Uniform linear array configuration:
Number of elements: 24
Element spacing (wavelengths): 0.5
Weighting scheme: blackman
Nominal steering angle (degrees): -30
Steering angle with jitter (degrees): -31.914
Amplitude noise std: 0.05
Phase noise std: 0.05

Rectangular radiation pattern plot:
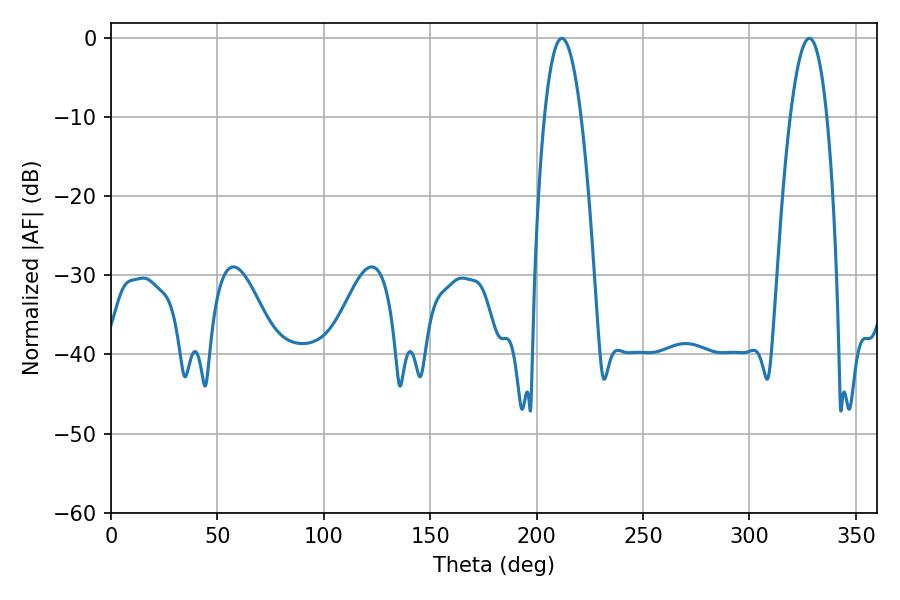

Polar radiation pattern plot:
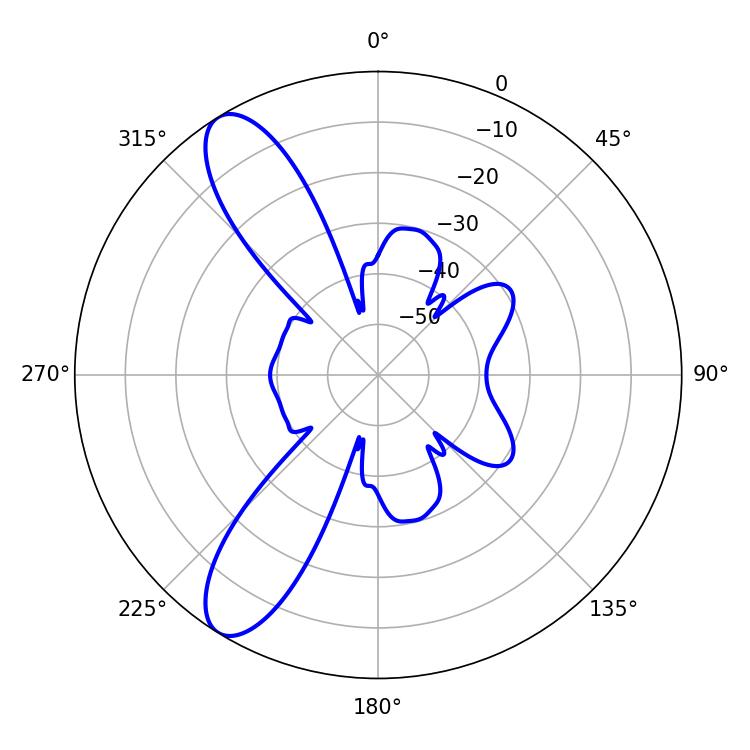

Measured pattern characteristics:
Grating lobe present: FALSE
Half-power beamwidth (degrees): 9.54
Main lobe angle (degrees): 211.86